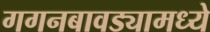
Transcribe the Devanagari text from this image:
गगनबावड्यामध्ये